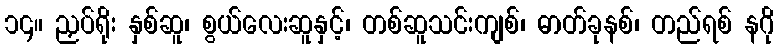
၁၄။ ညှပ်ရိုး နှစ်ဆူ၊ စွယ်လေးဆူနှင့်၊ တစ်ဆူသင်းကျစ်၊ ဓာတ်ခုနစ်၊ တည်ရစ် နဂို